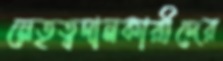
নেতৃত্বদানকারীদের